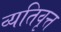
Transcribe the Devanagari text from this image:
व्यतिवृत्त